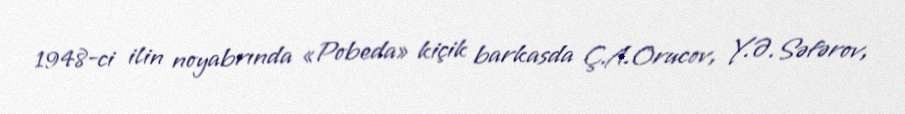
1948-ci ilin noyabrında «Pobeda» kiçik barkasda Ç.A.Orucov, Y.Ə.Səfərov,